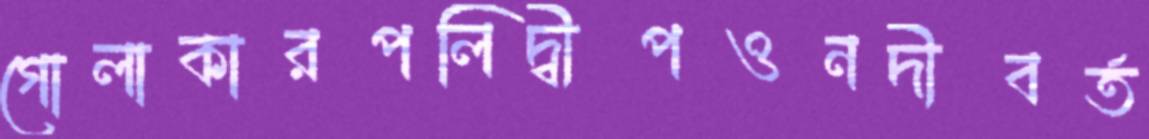
গোলাকারপলিদ্বীপওনদীবর্ত